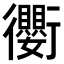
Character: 𫋱